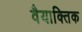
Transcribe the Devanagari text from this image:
वैयाक्तिक